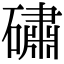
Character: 䃤